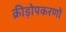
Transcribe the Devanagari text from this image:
क्रीड़ोपकरणों